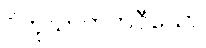
ပိတုဃာတကဝီသော